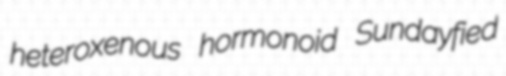
heteroxenous hormonoid Sundayfied